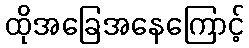
ထိုအခြေအနေကြောင့်